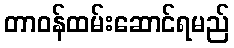
တာဝန်ထမ်းဆောင်ရမည်